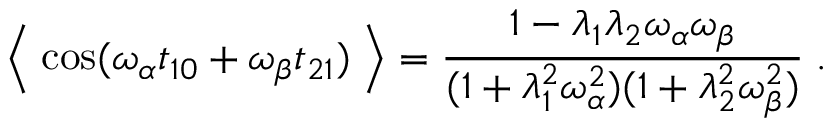
\left\langle \; \cos ( \omega _ { \alpha } t _ { 1 0 } + \omega _ { \beta } t _ { 2 1 } ) \; \right\rangle = { \frac { 1 - \lambda _ { 1 } \lambda _ { 2 } \omega _ { \alpha } \omega _ { \beta } } { ( 1 + \lambda _ { 1 } ^ { 2 } \omega _ { \alpha } ^ { 2 } ) ( 1 + \lambda _ { 2 } ^ { 2 } \omega _ { \beta } ^ { 2 } ) } } \; .